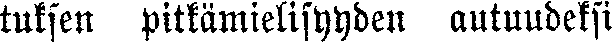
tuksen pitkämielisyyden autuudeksi